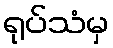
ရုပ်သံမှ